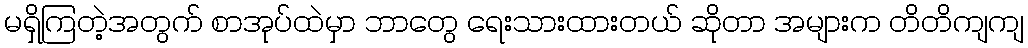
မရှိကြတဲ့အတွက် စာအုပ်ထဲမှာ ဘာတွေ ရေးသားထားတယ် ဆိုတာ အများက တိတိကျကျ